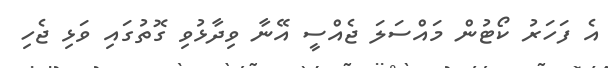
އެ ފަހަރު ކޯޓުން މައްސަލަ ޖެއްސީ އޭނާ ވިދާޅުވި ގޮތުގައި ވަޅި ޖެހި